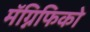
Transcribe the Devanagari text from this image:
मॅग्निफिको